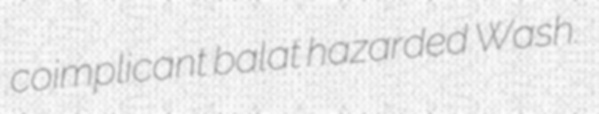
coimplicant balat hazarded Wash.